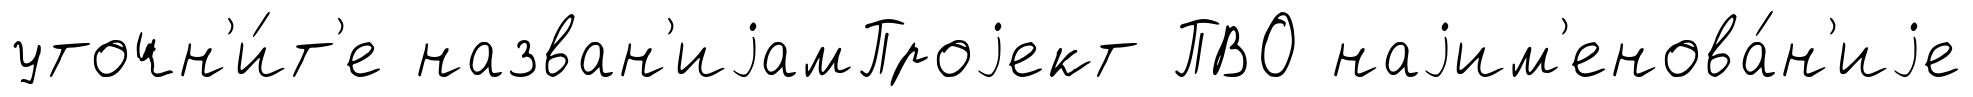
уточн'и́т'е назван'иjамПроjект ПВО наjим'енова́н'иjе